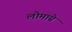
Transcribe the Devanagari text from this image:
लोमाग्ने